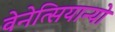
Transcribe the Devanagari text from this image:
वेनेत्सियान्यो